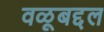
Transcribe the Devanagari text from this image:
वळूबद्दल